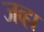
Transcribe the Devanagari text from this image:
जव्हा